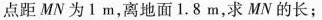
点距MN为1m，离地面1.8m，求MN的长；